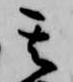
其